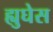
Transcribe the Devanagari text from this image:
ह्युघेस